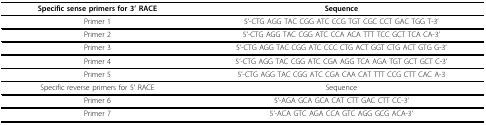
<table><thead><tr><td><b>Specific sense primers for 3&#x27; RACE</b></td><td><b>Sequence</b></td></tr></thead><tbody><tr><td>Primer 1</td><td>5&#x27;-CTG AGG TAC CGG ATC CCG TGT CGC CCT GAC TGG T-3&#x27;</td></tr><tr><td>Primer 2</td><td>5&#x27;-CTG AGG TAC CGG ATC CCA ACA TTT TCC GCT TCA CA-3&#x27;</td></tr><tr><td>Primer 3</td><td>5&#x27;-CTG AGG TAC CGG ATC CCC CTG ACT GGT CTG ACT GTG G-3&#x27;</td></tr><tr><td>Primer 4</td><td>5&#x27;-CTG AGG TAC CGG ATC CGA AGG TCA AGA TGT GCT GCT C-3&#x27;</td></tr><tr><td>Primer 5</td><td>5&#x27;-CTG AGG TAC CGG ATC CGA CAA CAT TTT CCG CTT CAC A-3</td></tr><tr><td>Specific reverse primers for 5&#x27; RACE</td><td>Sequence</td></tr><tr><td>Primer 6</td><td>5&#x27;-AGA GCA GCA CAT CTT GAC CTT CC-3&#x27;</td></tr><tr><td>Primer 7</td><td>5&#x27;-ACA GTC AGA CCA GTC AGG GCG ACA-3&#x27;</td></tr></tbody></table>